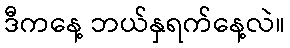
ဒီကနေ့ ဘယ်နှရက်နေ့လဲ။